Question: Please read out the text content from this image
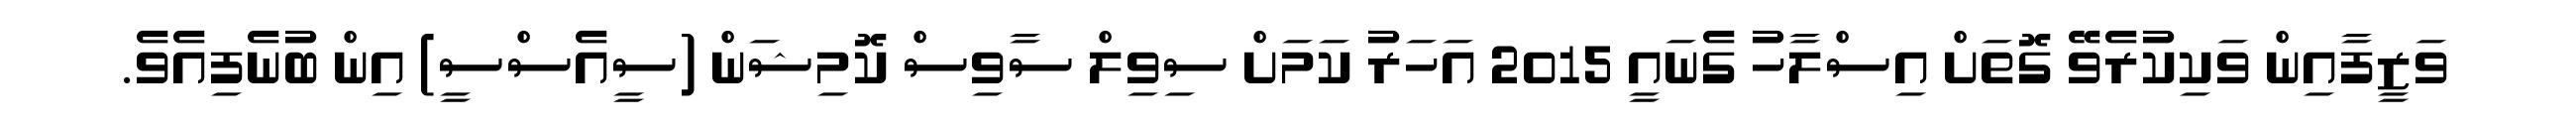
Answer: ވަޒީފާއިން ވަކިކުރެވޭ ގޮތަށް އިސްލާހު ގެނައީ 2015 އަހަރު ކަމަށް ސިވިލް ސާވިސް ކޮމިޝަން (ސީއެސްސީ) އިން ބުނެފިއެވެ.